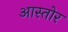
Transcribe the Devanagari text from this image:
आस्तोर